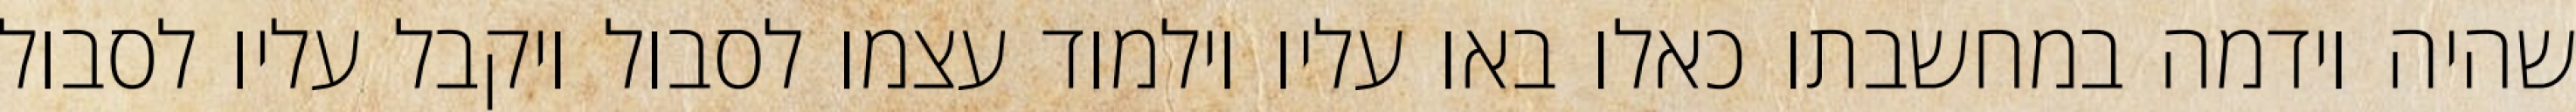
שהיה וידמה במחשבתו כאלו באו עליו וילמוד עצמו לסבול ויקבל עליו לסבול